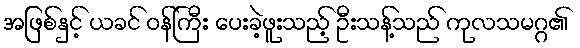
အဖြစ်နှင့် ယခင် ဝန်ကြီး ပေးခဲ့ဖူးသည့် ဦးသန့်သည် ကုလသမဂ္ဂ၏